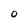
Character: O